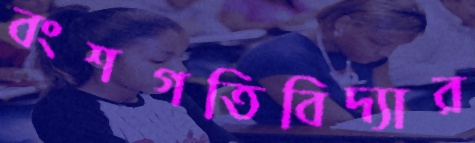
বংশগতিবিদ্যার